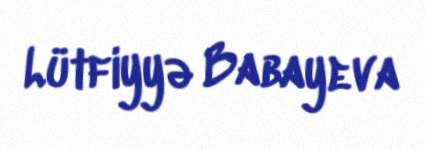
Lütfiyyə Babayeva